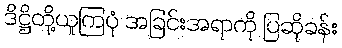
ဒိဋ္ဌိတို့ယူကြပုံ အခြင်းအရာကို ပြဆိုခန်း